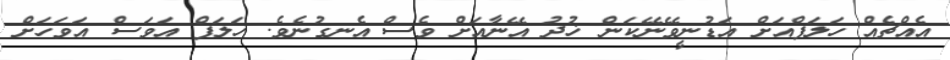
އެއްޗެއް ހަލަފްއަށް އަޑުނީވޭނޭކަން ޚުދު އޭނާއަށް ވެސް އެނގުނެވެ. ހަލަފް އަވަސް އަވަހަށް